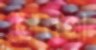
অবণী